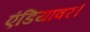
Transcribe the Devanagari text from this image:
एंडियावर।